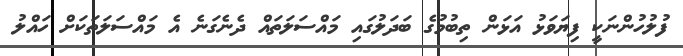
ފުލުހުންނަކީ ފިޔަވަޅު އަޅަން ތިބުމުގެ ބަދަލުގައި މައްސަލަތައް ދެނެގަނެ އެ މައްސަލަތަކަށް ހައްލު